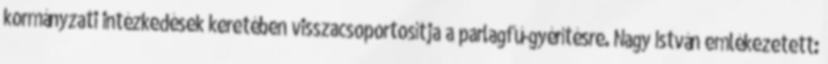
kormányzati intézkedések keretében visszacsoportosítja a parlagfű-gyérítésre. Nagy István emlékezetett: